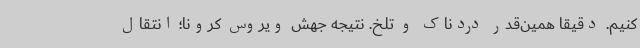
کنیم. دقیقا همین‌قدر دردناک و تلخ. نتیجه جهش ویروس کرونا؛ انتقال